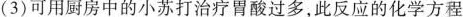
(3)可用厨房中的小苏打治疗胃酸过多，此反应的化学方程